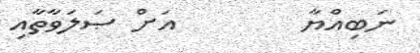
ނަބިއްޔާ        އަށް ޞަލަވާތާއި